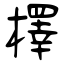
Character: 檡